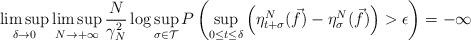
LaTeX: \begin{align*}\limsup_{\delta\rightarrow 0}\limsup_{N\rightarrow+\infty}\frac{N}{\gamma_N^2}\log\sup_{\sigma\in \mathcal{T}}P\left(\sup_{0\leq t\leq \delta}\left(\eta^N_{t+\sigma}(\vec{f})-\eta^N_\sigma(\vec{f})\right)>\epsilon\right)=-\infty\end{align*}